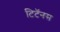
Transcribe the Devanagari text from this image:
टिटॅनस